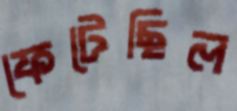
ফেটেছিল